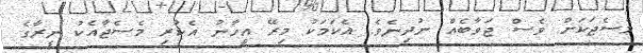
މެސެޖަކަށް ވެސް ޖަވާބެއް ނުދިނެވެ. އެކަމަކު މިރޭ އީހާނު އެކުރި މެސެޖާއެކު ނީރާގެ